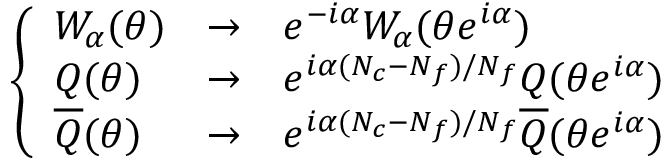
\left\{ \begin{array} { l l l } { { W _ { \alpha } ( \theta ) } } & { { \rightarrow } } & { { e ^ { - i \alpha } W _ { \alpha } ( \theta e ^ { i \alpha } ) } } \\ { { Q ( \theta ) } } & { { \rightarrow } } & { { e ^ { i \alpha ( N _ { c } - N _ { f } ) / N _ { f } } Q ( \theta e ^ { i \alpha } ) } } \\ { { \overline { { { Q } } } ( \theta ) } } & { { \rightarrow } } & { { e ^ { i \alpha ( N _ { c } - N _ { f } ) / N _ { f } } \overline { { { Q } } } ( \theta e ^ { i \alpha } ) } } \end{array} \right.